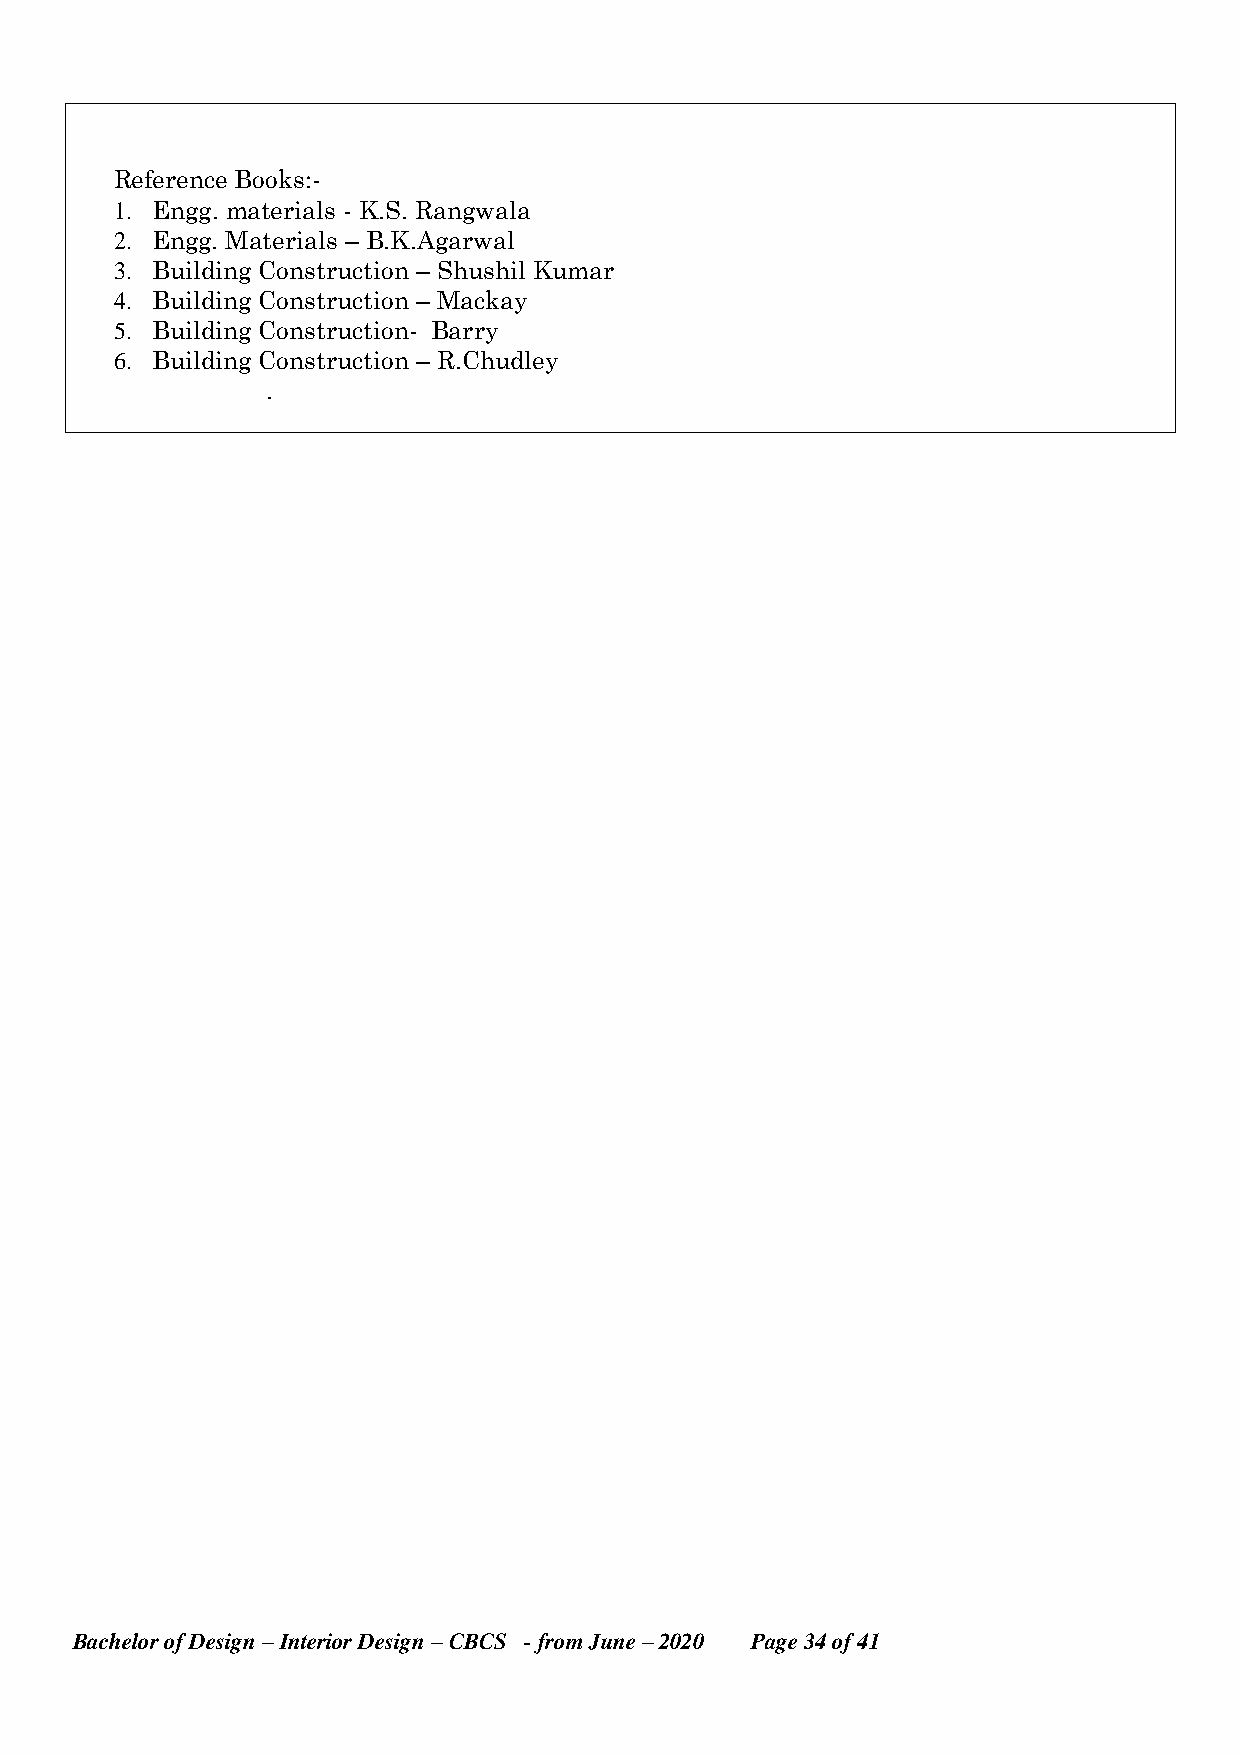
Reference Books:-
 1. Engg. materials - K.S. Rangwala
 2. Engg. Materials – B.K.Agarwal
 3. Building Construction – Shushil Kumar
 4. Building Construction – Mackay
 5. Building Construction- Barry
 6. Building Construction – R.Chudley
 .
 Bachelor of Design – Interior Design – CBCS - from June – 2020 Page 34 of 41